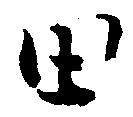
田